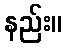
နည်း။